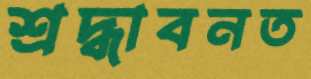
শ্রদ্ধাবনত